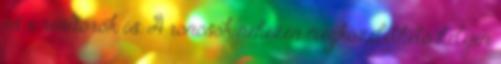
és a rendőrök is. A roncsok nehezen megközelíthető helyen